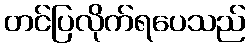
တင်ပြလိုက်ရပေသည်